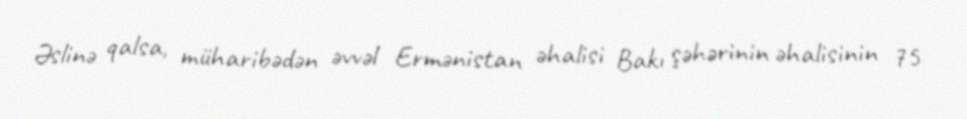
Əslinə qalsa, müharibədən əvvəl Ermənistan əhalisi Bakı şəhərinin əhalisinin 75